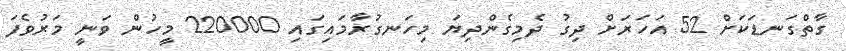
ގާތްގަނޑަކަށް 52 އަހަރަށް ދިގު ދެމިގެންދިޔަ މިހަނގުރާމައިގައި 220000 މީހުން ވަނީ މަރުވެފަ